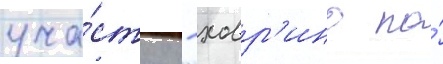
уча́стку - ховр'ино по́